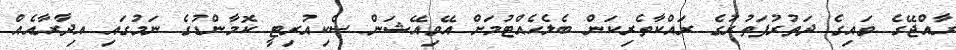
ރާއްޖޭގެ ވައިގެ ދަތުރުފަތުރުގެ ރައްކާތެރިކަން ބެލެހެއްޓުމަށް އޭވިއޭޝަން ސެކިއުރިޓީ ކޮމާންޑުގެ ނަމުގައި އިދާރާއެއް